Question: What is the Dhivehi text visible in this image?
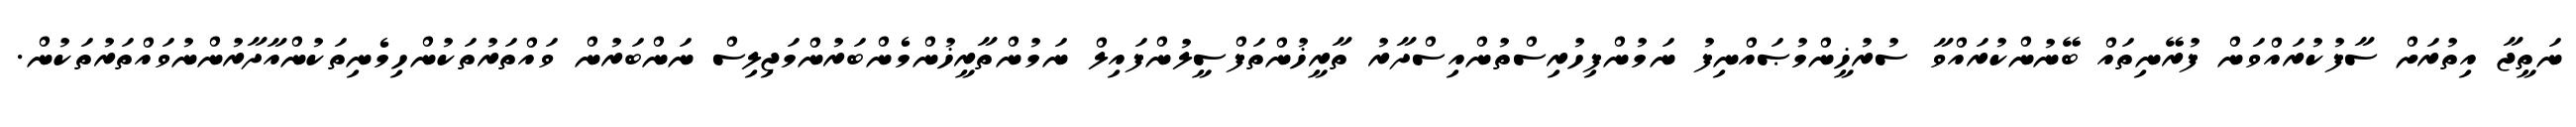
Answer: ނަތީޖާ އިތުރަށް ސާފުކުރައްވަން ފުރޭނިތައް ބޭނުންކުރައްވާ ސުރުޚީންމުޞައްނިފު ނަމުންފިހުރިސްތުންއިސްދާރު ތާރީޚުންތަފްސީލުންފައިލް ނަމުންތާރީޚުންމެންބަރުންމަޖިލިސް ނަންބަރުން ވައްތަރުތަކުންހިމެނިތަކުންއާދާރުންނުވައްތަރުތަކުން.